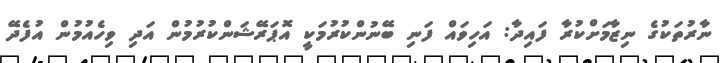
ނާރުތަކުގެ ނިޒާމަށްކުރާ ފައިދާ: އަހިވައް ފަނި ބޭނުންކުރުމަކީ އޮޕަރޭޝަންކުރުމުން އަދި ވިހެއުމުން އުފެދޭ